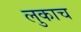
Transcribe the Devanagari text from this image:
लुकाच